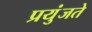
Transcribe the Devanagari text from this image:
प्रयुंजते